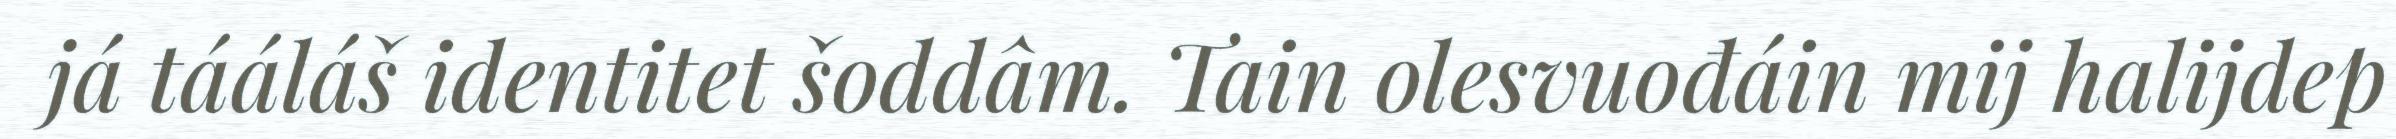
já tááláš identitet šoddâm. Tain olesvuođáin mij halijdep